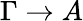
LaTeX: \Gamma\rightarrow A